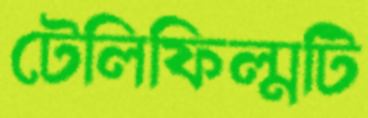
টেলিফিল্মটি